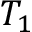
T _ { 1 }